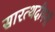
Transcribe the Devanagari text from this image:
सारत्थदीपनी